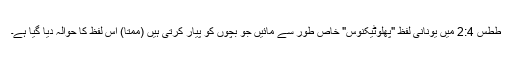
ططس 2:4 میں یونانی لفظ "پھلوٹیکنوس" خاص طور سے مائیں جو بچوں کو پیار کرتی ہیں (ممتا) اس لفظ کا حوالہ دیا گیا ہے۔